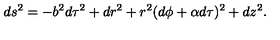
d s ^ { 2 } = - b ^ { 2 } d \tau ^ { 2 } + d r ^ { 2 } + r ^ { 2 } ( d \phi + \alpha d \tau ) ^ { 2 } + d z ^ { 2 } \space .